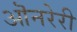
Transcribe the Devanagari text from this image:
ऒनरेरी